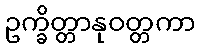
ဥက္ခိတ္တာနုဝတ္တကာ